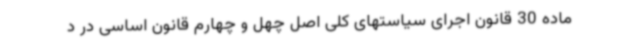
ماده 30 قانون اجرای سیاستهای کلی اصل چهل و چهارم قانون اساسی در د